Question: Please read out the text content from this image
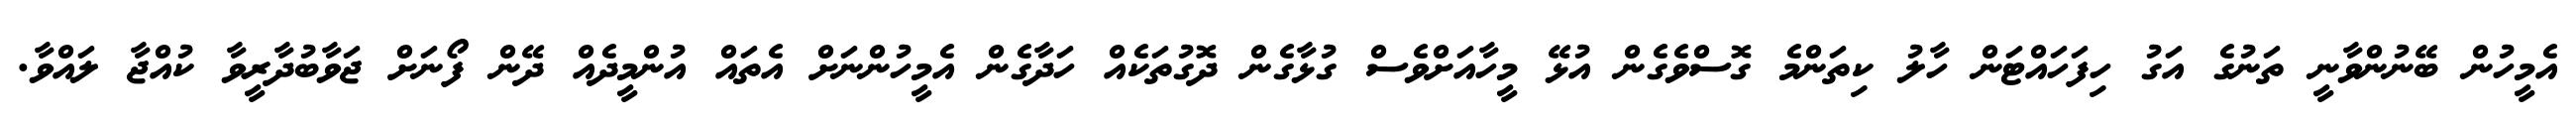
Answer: އެމީހުން ބޭނުންވާނީ ތަނުގެ އަގު ހިފަހައްޓަން ހާލު ކިތަންމެ ގޮސްވެގެން އުޅޭ މީހާއަށްވެސް ގުޅާގެން ދޮގުތަކެއް ހަދާގެން އެމީހުންނަށް އެތައް އުންމީދެއް ދޭން ފޯނަށް ޖަވާބުދާރީވާ ކުއްޖާ ލައްވާ.